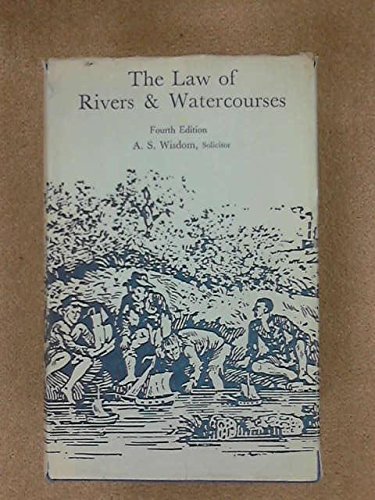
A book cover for The law of rivers and watercourses; A. S Wisdom; Science & Math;